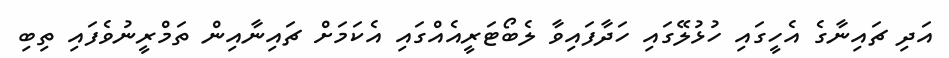
އަދި ޗައިނާގެ އެހީގައި ހުޅުލޭގައި ހަދާފައިވާ ލެބޯޓަރީއެއްގައި އެކަމަށް ޗައިނާއިން ތަމްރީނުވެފައި ތިބި